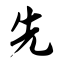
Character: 先